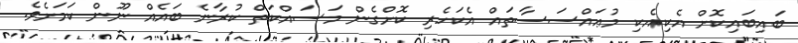
ބައިބައިކޮށް އެކިއެކި މުޢައްސަސާތައް އެކަހެރި ކޮށްގެން މަސައްކަތް ކުރާނެ ބައެއް ނޫން ކަމަށެވެ.